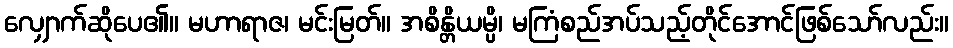
လျှောက်ဆိုပေ၏။ မဟာရာဇ၊ မင်းမြတ်။ အစိန္တိယမ္ပိ၊ မကြံစည်အပ်သည့်တိုင်အောင်ဖြစ်သော်လည်း။